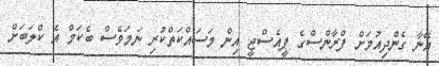
އޭނާ ގެންދިއުމަށް ފްރާންސްގެ ޕީއެސްޖީ އިން މަސައްކަތްކުރި ނަމަވެސް ބެކަމް އެ ކްލަބަށް